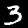
Digit: 3